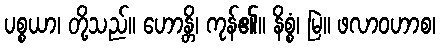
ပစ္စယာ၊ တို့သည်။ ဟောန္တိ၊ ကုန်၏။ နိစ္စံ၊ မြဲ။ ဖလာဝဟာစ၊